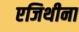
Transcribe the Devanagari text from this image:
एजिथीना